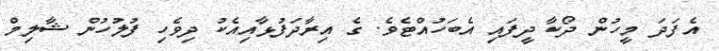
އެފަދަ މީހުން ދޯކާ ދީފައި އެބަހުއްޓެވެ. ގެ އިރާދަފުޅާއިއެކު ދިވެހި ފުލުހުން ޝާލިމް